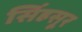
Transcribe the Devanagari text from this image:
सिंहसूर